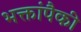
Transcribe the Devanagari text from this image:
भक्तांपैकी